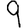
Digit: 9